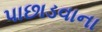
પાછાડવાના